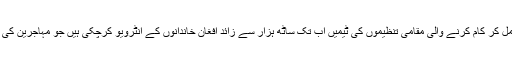
اقوام متحدہ کے ادارے کے ساتھ مل کر کام کرنے والی مقامی تنظیموں کی ٹیمیں اب تک ساٹھ ہزار سے زائد افغان خاندانوں کے انٹرویو کرچکی ہیں جو مہاجرین کی کل آبادی کا پچاس فیصد بنتا ہے۔